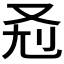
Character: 𰆷